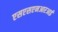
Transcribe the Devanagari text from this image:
एसएसएनआरआई